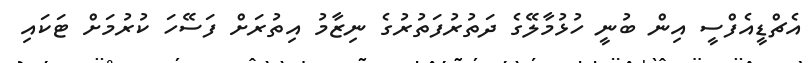
އެޗްޑީއެފްސީ އިން ބުނީ ހުޅުމާލޭގެ ދަތުރުފަތުރުގެ ނިޒާމު އިތުރަށް ފަސޭހަ ކުރުމަށް ޓަކައި